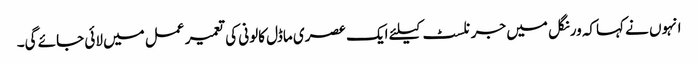
انہوں نے کہاکہ ورنگل میں جرنلسٹ کیلئے ایک عصری ماڈل کالونی کی تعمیر عمل میں لائی جائے گی۔